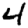
Digit: 4